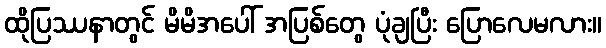
ထိုပြဿနာတွင် မိမိအပေါ် အပြစ်တွေ ပုံချပြီး ပြောလေမလား။